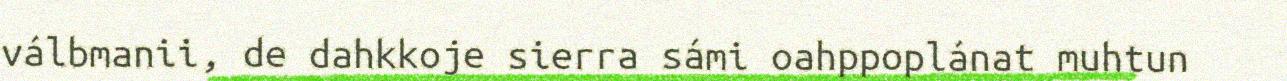
válbmanii, de dahkkoje sierra sámi oahppoplánat muhtun